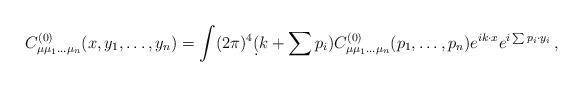
LaTeX: \begin{align*}C^{(0)}_{\mu\mu_1\ldots\mu_n}(x,y_1,\ldots,y_n) =\int(2\pi)^4\d(k+\sum p_i)C^{(0)}_{\mu\mu_1\ldots\mu_n}(p_1,\ldots,p_n) e^{ik\cdot x}e^{i\sum p_i\cdot y_i}\,,\end{align*}